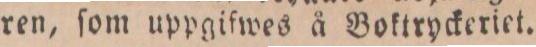
ren, ſom uppgifwes å Boktryckeriet.